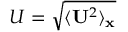
U = \sqrt { \langle { \bf U } ^ { 2 } \rangle _ { \bf x } }